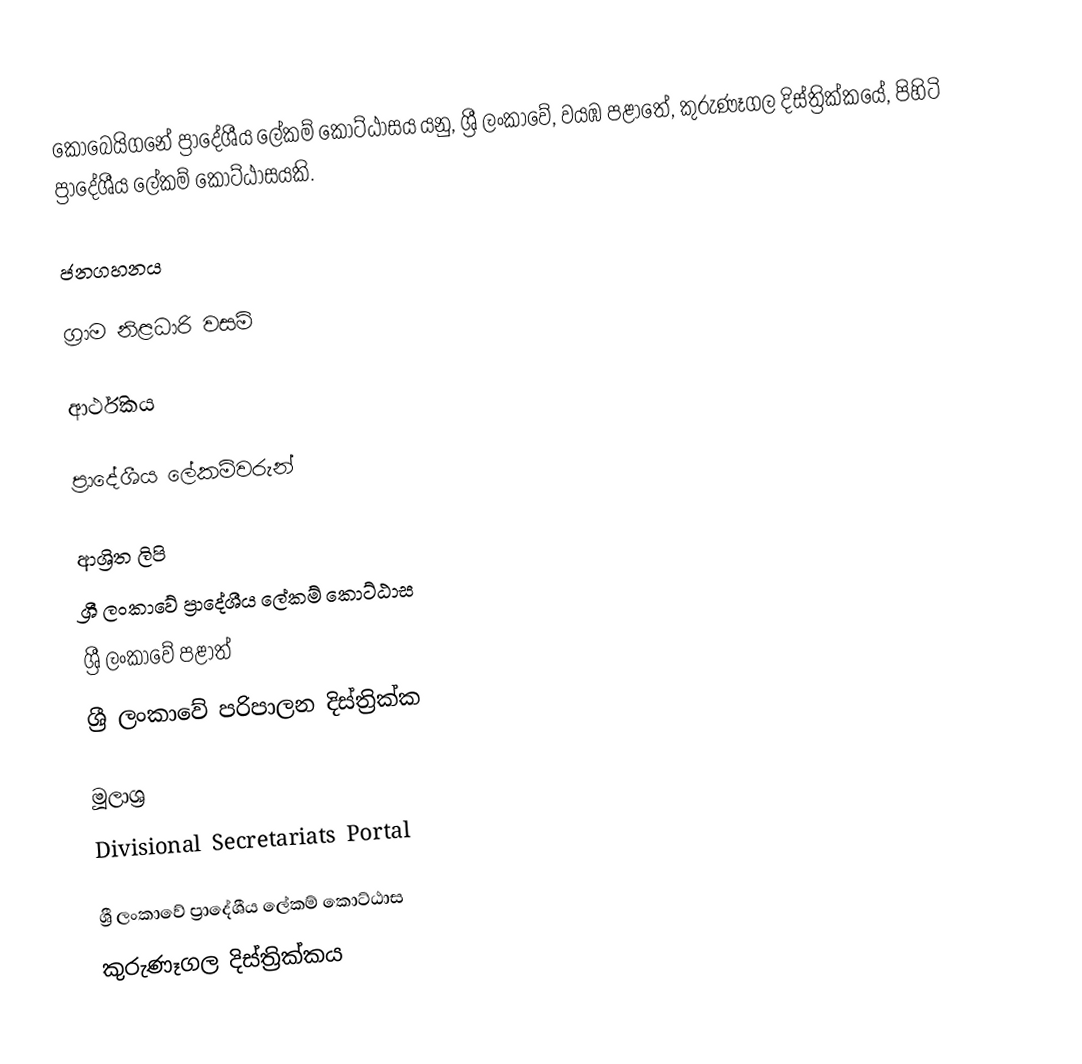
කොබෙයිගනේ ප්‍රාදේශීය ලේකම් කොට්ඨාසය යනු,  ශ්‍රී ලංකාවේ, වයඹ පළාතේ,   කුරුණෑගල දිස්ත්‍රික්කයේ, පිහිටි ප්‍රාදේශීය ලේකම් කොට්ඨාසයකි.

ජනගහනය

ග්‍රාම නිළධාරි වසම්

ආර්ථිකය

ප්‍රාදේශීය ලේකම්වරුන්

ආශ්‍රිත ලිපි
ශ්‍රී ලංකාවේ ප්‍රාදේශීය ලේකම් කොට්ඨාස
ශ්‍රී ලංකාවේ පළාත්
ශ්‍රී ලංකාවේ පරිපාලන දිස්ත්‍රික්ක

මූලාශ්‍ර
 Divisional Secretariats Portal

ශ්‍රී ලංකාවේ ප්‍රාදේශීය ලේකම් කොට්ඨාස
කුරුණෑගල දිස්ත්‍රික්කය